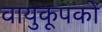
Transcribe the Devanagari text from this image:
वायुकूपकों